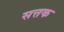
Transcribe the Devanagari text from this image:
सत्तक